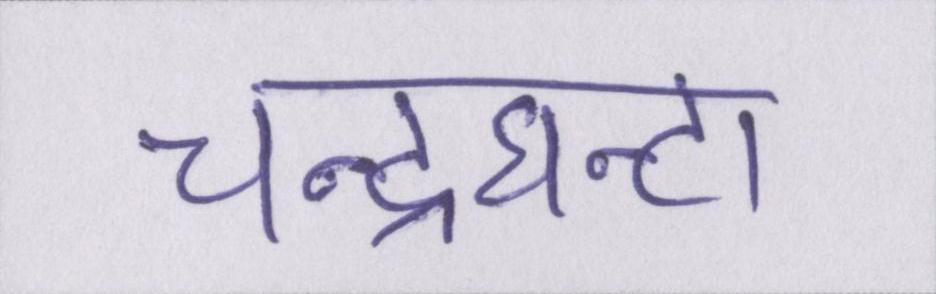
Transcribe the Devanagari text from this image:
चन्द्रघन्टा